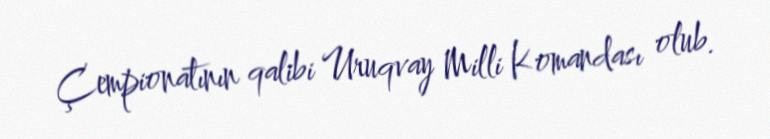
Çempionatının qalibi Uruqvay Milli Komandası olub.